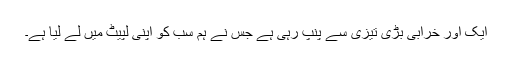
ایک اور خرابی بڑی تیزی سے پنپ رہی ہے جس نے ہم سب کو اپنی لپیٹ میں لے لیا ہے۔